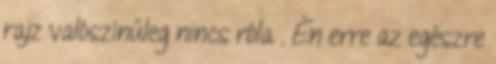
rajz valószínűleg nincs róla . Én erre az egészre